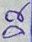
Text: D2